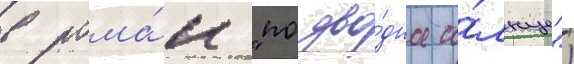
в рома́н "подво́дное со́лнце")